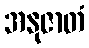
အနုဇာတံ